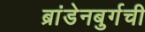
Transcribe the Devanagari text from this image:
ब्रांडेनबुर्गची